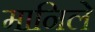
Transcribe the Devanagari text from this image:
मानिले